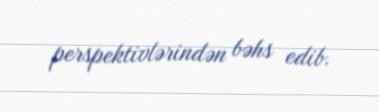
perspektivlərindən bəhs edib.